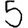
Digit: 5